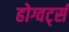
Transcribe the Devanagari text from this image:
होग्वर्ट्स